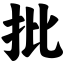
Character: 批